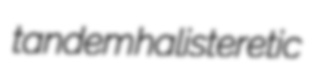
tandem halisteretic